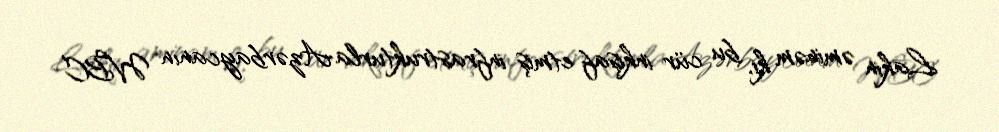
Lakin əminəm ki, bu cür inkişaf etmiş infrastrukturla Azərbaycanın WBC